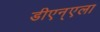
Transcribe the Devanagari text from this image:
डीएन्एला